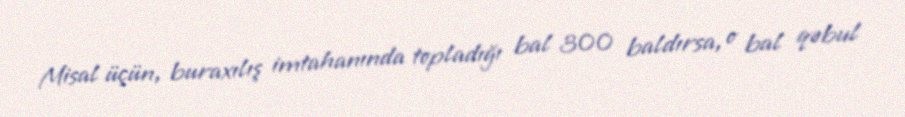
Misal üçün, buraxılış imtahanında topladığı bal 300 baldırsa, o bal qəbul